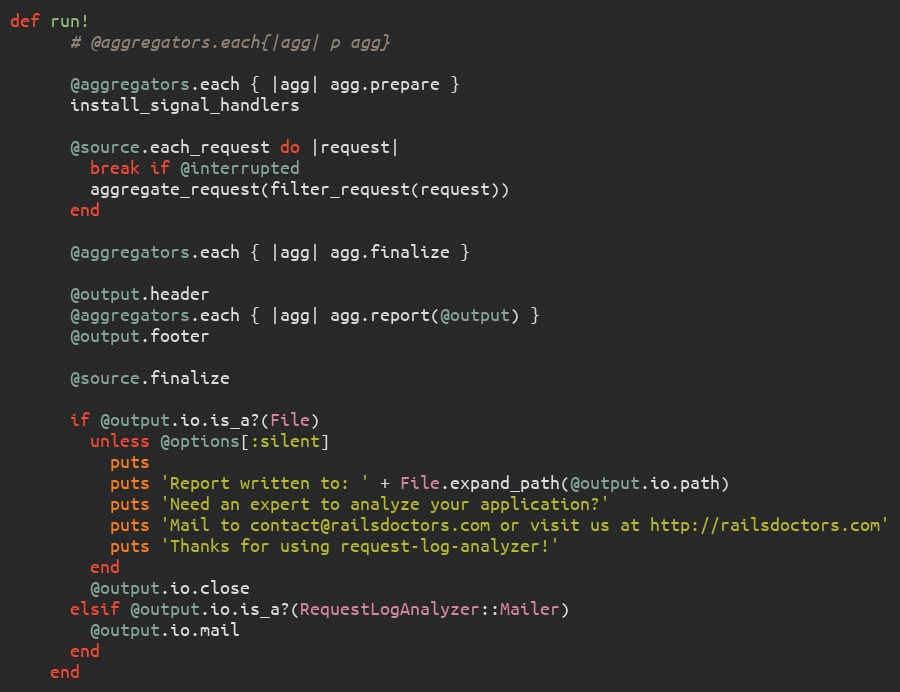
Language: Ruby
def run!
      # @aggregators.each{|agg| p agg}

      @aggregators.each { |agg| agg.prepare }
      install_signal_handlers

      @source.each_request do |request|
        break if @interrupted
        aggregate_request(filter_request(request))
      end

      @aggregators.each { |agg| agg.finalize }

      @output.header
      @aggregators.each { |agg| agg.report(@output) }
      @output.footer

      @source.finalize

      if @output.io.is_a?(File)
        unless @options[:silent]
          puts
          puts 'Report written to: ' + File.expand_path(@output.io.path)
          puts 'Need an expert to analyze your application?'
          puts 'Mail to contact@railsdoctors.com or visit us at http://railsdoctors.com'
          puts 'Thanks for using request-log-analyzer!'
        end
        @output.io.close
      elsif @output.io.is_a?(RequestLogAnalyzer::Mailer)
        @output.io.mail
      end
    end